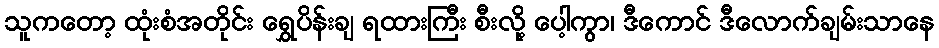
သူကတော့ ထုံးစံအတိုင်း ရွှေပိန်းချ ရထားကြီး စီးလို့ ပေါ့ကွာ၊ ဒီကောင် ဒီလောက်ချမ်းသာနေ